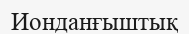
Ионданғыштық